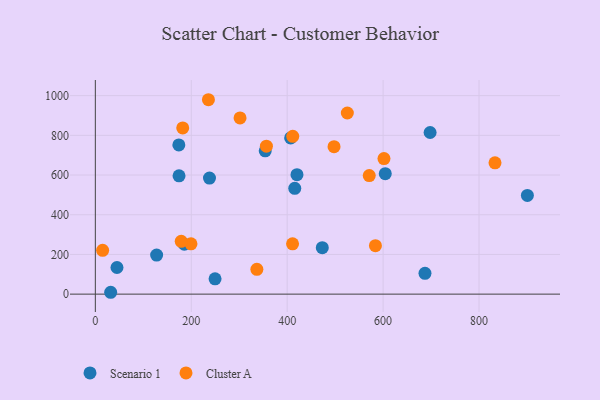
{"axis": {"x": "Engine Size", "y": "Salary"}, "legend": ["Cluster A", "Scenario 1"], "data": [{"x": "698.0", "y": 814.4, "type": "Scenario 1"}, {"x": "473.2", "y": 234.2, "type": "Scenario 1"}, {"x": "604.5", "y": 607.1, "type": "Scenario 1"}, {"x": "174.1", "y": 751.7, "type": "Scenario 1"}, {"x": "354.2", "y": 722.1, "type": "Scenario 1"}, {"x": "32.0", "y": 9.4, "type": "Scenario 1"}, {"x": "127.8", "y": 196.6, "type": "Scenario 1"}, {"x": "45.1", "y": 134.2, "type": "Scenario 1"}, {"x": "174.5", "y": 596.2, "type": "Scenario 1"}, {"x": "687.3", "y": 105.1, "type": "Scenario 1"}, {"x": "415.8", "y": 533.1, "type": "Scenario 1"}, {"x": "900.8", "y": 497.5, "type": "Scenario 1"}, {"x": "238.0", "y": 584.5, "type": "Scenario 1"}, {"x": "420.4", "y": 601.7, "type": "Scenario 1"}, {"x": "407.2", "y": 787.1, "type": "Scenario 1"}, {"x": "185.6", "y": 251.6, "type": "Scenario 1"}, {"x": "249.6", "y": 77.1, "type": "Scenario 1"}, {"x": "411.6", "y": 794.9, "type": "Cluster A"}, {"x": "15.2", "y": 220.5, "type": "Cluster A"}, {"x": "199.4", "y": 253.3, "type": "Cluster A"}, {"x": "179.1", "y": 266.1, "type": "Cluster A"}, {"x": "571.1", "y": 597.1, "type": "Cluster A"}, {"x": "301.7", "y": 887.8, "type": "Cluster A"}, {"x": "182.2", "y": 837.4, "type": "Cluster A"}, {"x": "833.3", "y": 661.3, "type": "Cluster A"}, {"x": "584.0", "y": 244.3, "type": "Cluster A"}, {"x": "525.4", "y": 912.5, "type": "Cluster A"}, {"x": "356.7", "y": 745.4, "type": "Cluster A"}, {"x": "601.8", "y": 682.9, "type": "Cluster A"}, {"x": "497.7", "y": 742.9, "type": "Cluster A"}, {"x": "411.2", "y": 253.5, "type": "Cluster A"}, {"x": "235.8", "y": 979.4, "type": "Cluster A"}, {"x": "336.8", "y": 124.8, "type": "Cluster A"}]}